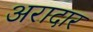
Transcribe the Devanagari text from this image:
अरादार